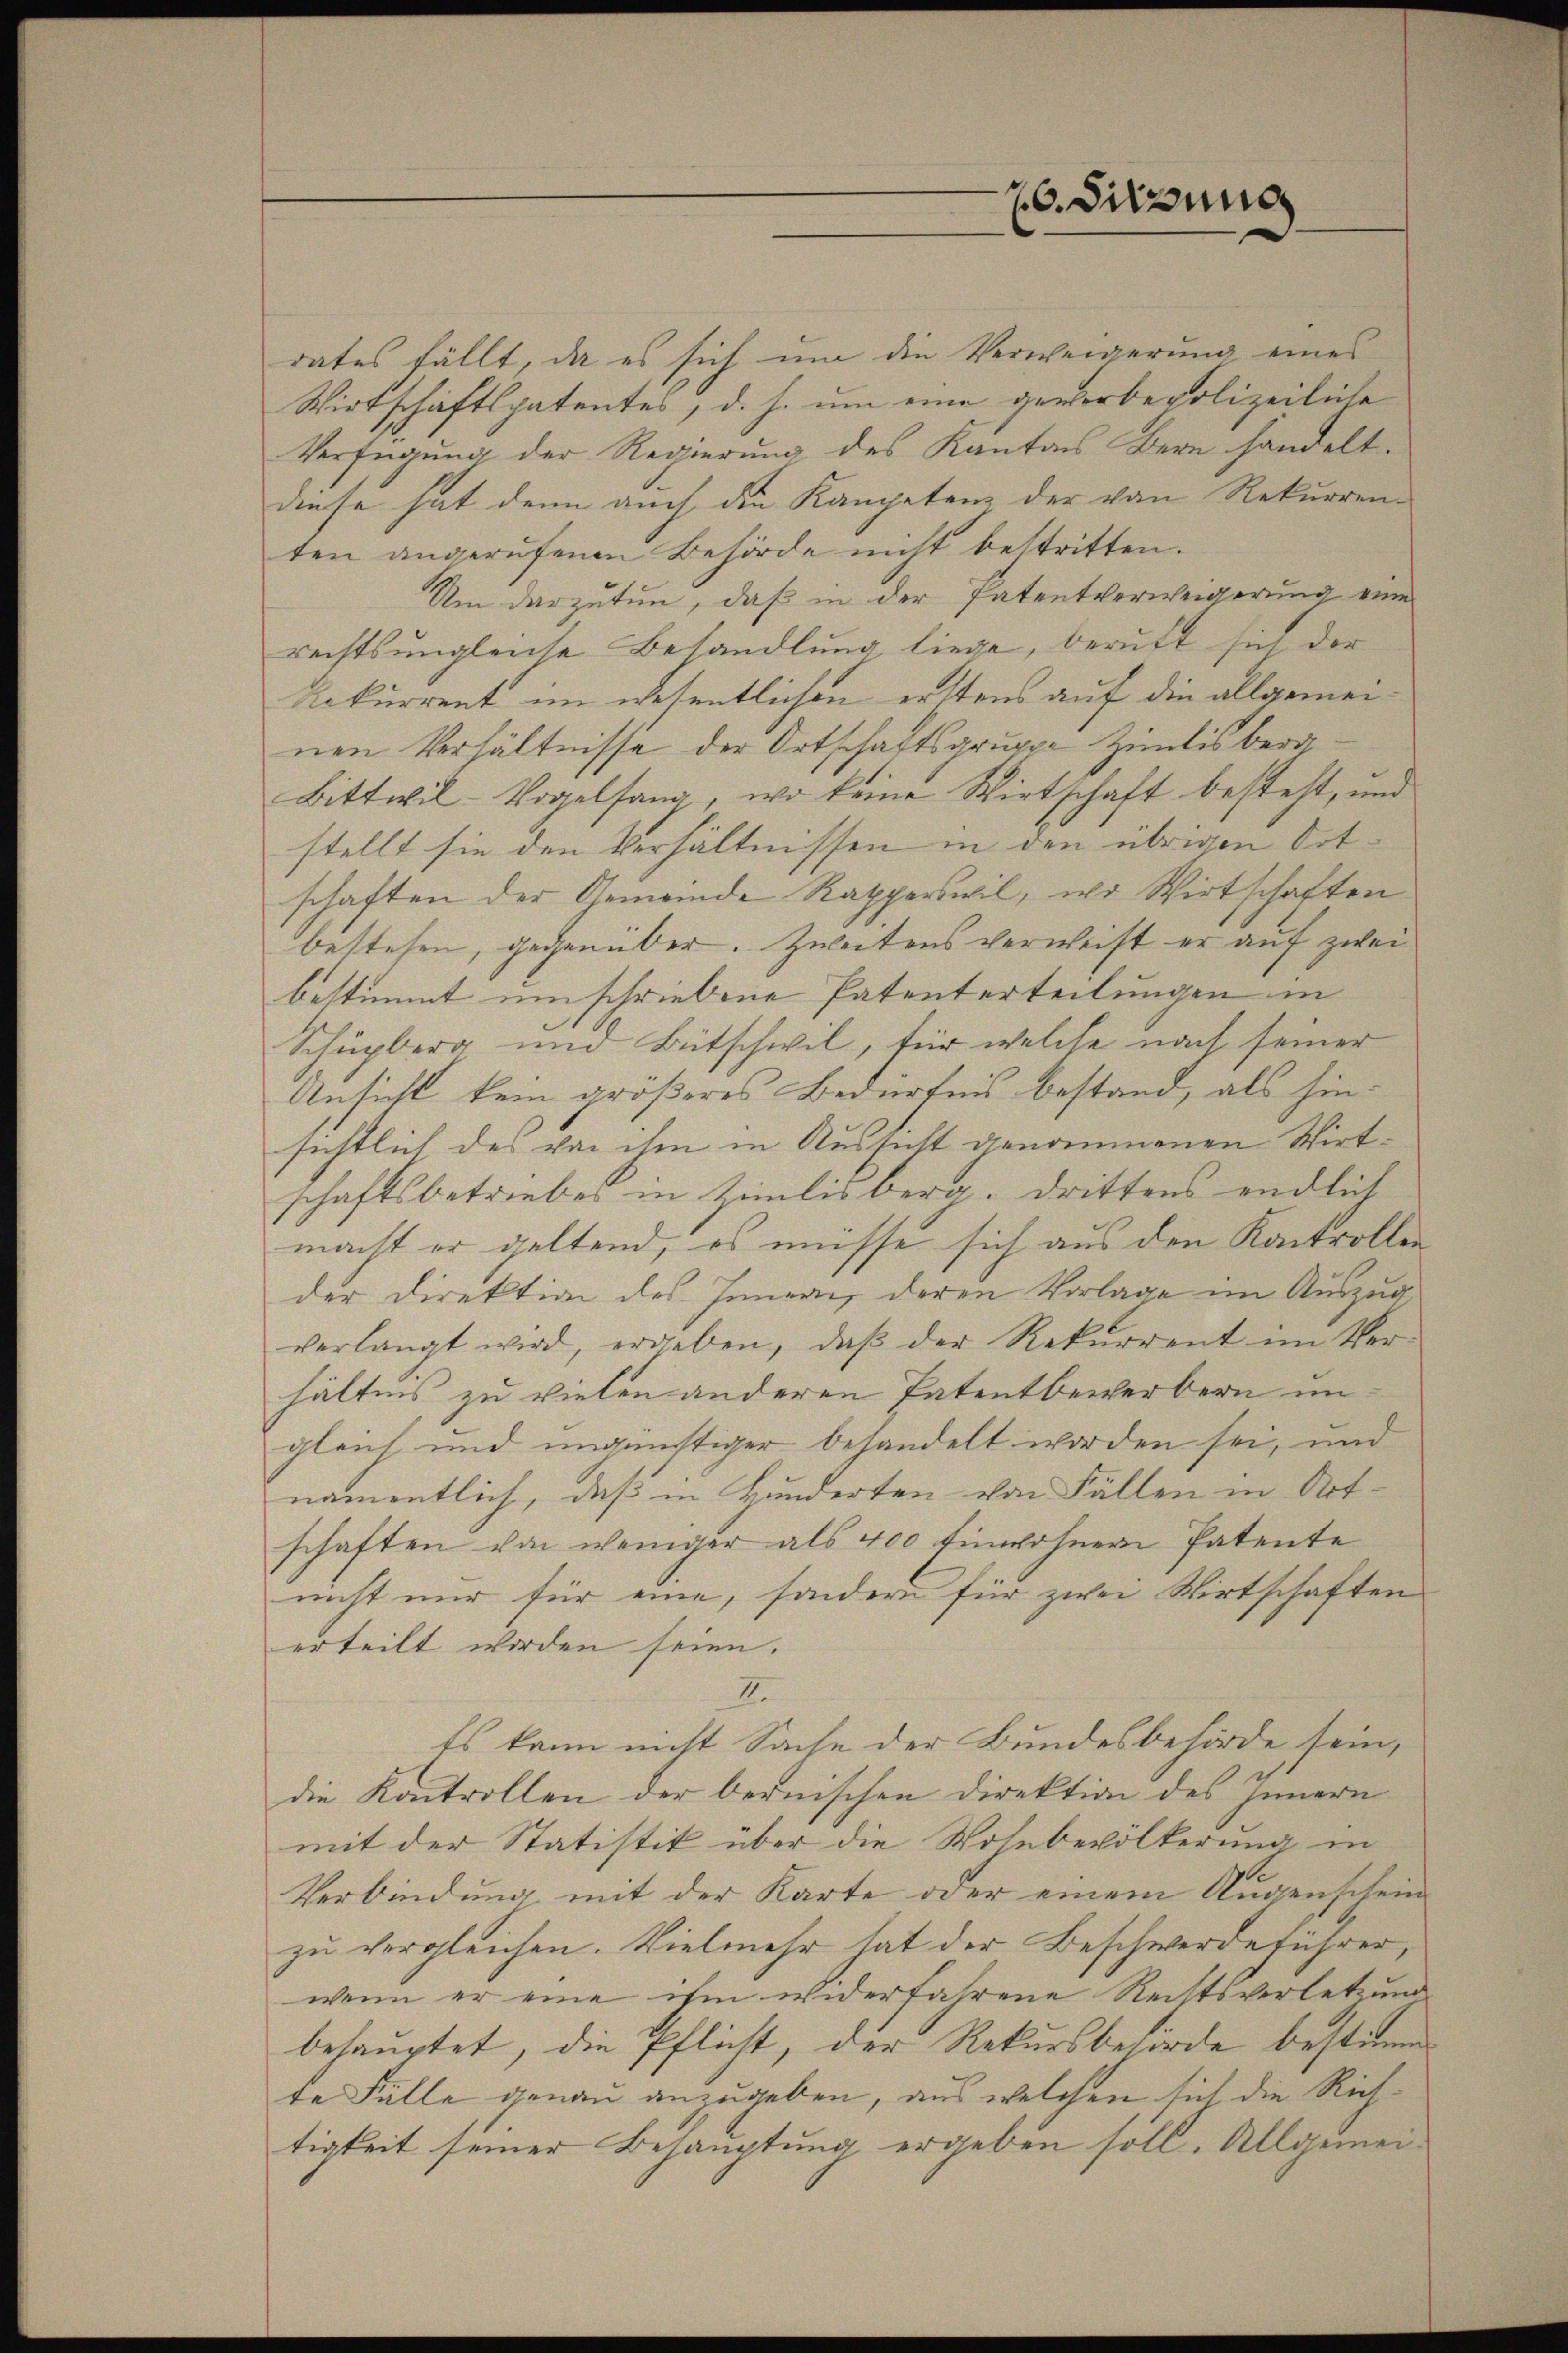
rates fällt, da es sich um die Verweigerung eines
Wirtschaftspatentes, d. h. um eine gewerbepolizeiliche
Verfügung der Regierung des Kanton Bern handelt.
diese hat denn auch die Kampetenz der von Rekurrenten angerufenen Behörde nicht bestritten.
Um darzutun, daß in der Patentverweigerung eine
rechts ungleiche Behandlung liege, beruft sich der
Rekurrent im wesentlichen erstens auf die allgemeinen Verhältnisse der Ortschaftsgruppe Zimlisberg¬
Bittwil-Vogelsang, wo keine Wirtschaft besteht, und
stellt sie den Verhältnissen in den übrigen Ortschaften der Gemeinde Rapperswil, wo Wirtschaften
bestehen, gegenüber. Zweitens verweist er auf zwei
bestimmt umschriebene Patenterteilungen in
Schüpberg und Bütschwil, für welche nach seiner
Ansicht kein größeres Bedürfnis bestand, als hinsichtlich des von ihm in Aussicht genommenen Wirtschaftsbetriebes in Zimlisberg. Drittens endlich
macht er geltend, es müsse sich aus den Kontrollen
der Direktion des Innern deren Vorlage im Auszug
verlangt wird, ergeben, daβ der Rekurrent im Ver-
hältnis zu vielen anderen Patentbewerbern im
gleich und ungünstiger behandelt worden sei, und
namentlich, daß in Hunderten von Fällen in Art-
schaften von weniger als 400 Einwohnern Patente
nicht nur für eine, sondern für zwei Wirtschaften
erteilt worden seien.
II.
Es kann nicht Sache der Bundesbehörde sein,
die Kontrollen der bernischen Direktion des Innern
mit der Statistik über die Wohnbevölkerung in
Verbindung mit der Karte oder einem Augenschein
zu vergleichen. Vielmehr hat der Beschwerdeführer,
wenn er eine ihm widerfahrene Rechtsverletzung
behauptet, die Pflicht, der Rekursbehörde bestimmen
te Fälle genau anzugeben, aus welchen sich die Richtigkeit seiner Behauptung ergeben soll. Allgemei¬

20. Sitzung